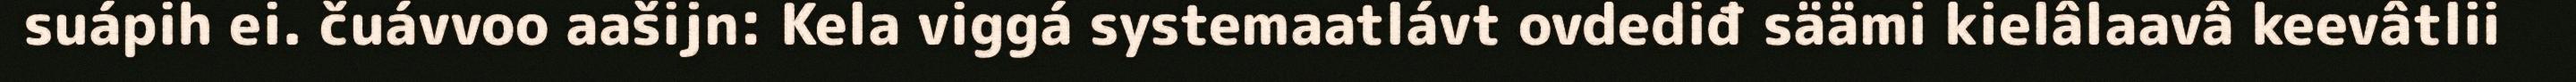
suápih ei. čuávvoo aašijn: Kela viggá systemaatlávt ovdediđ säämi kielâlaavâ keevâtlii